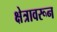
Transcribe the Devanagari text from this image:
क्षेत्रावरून